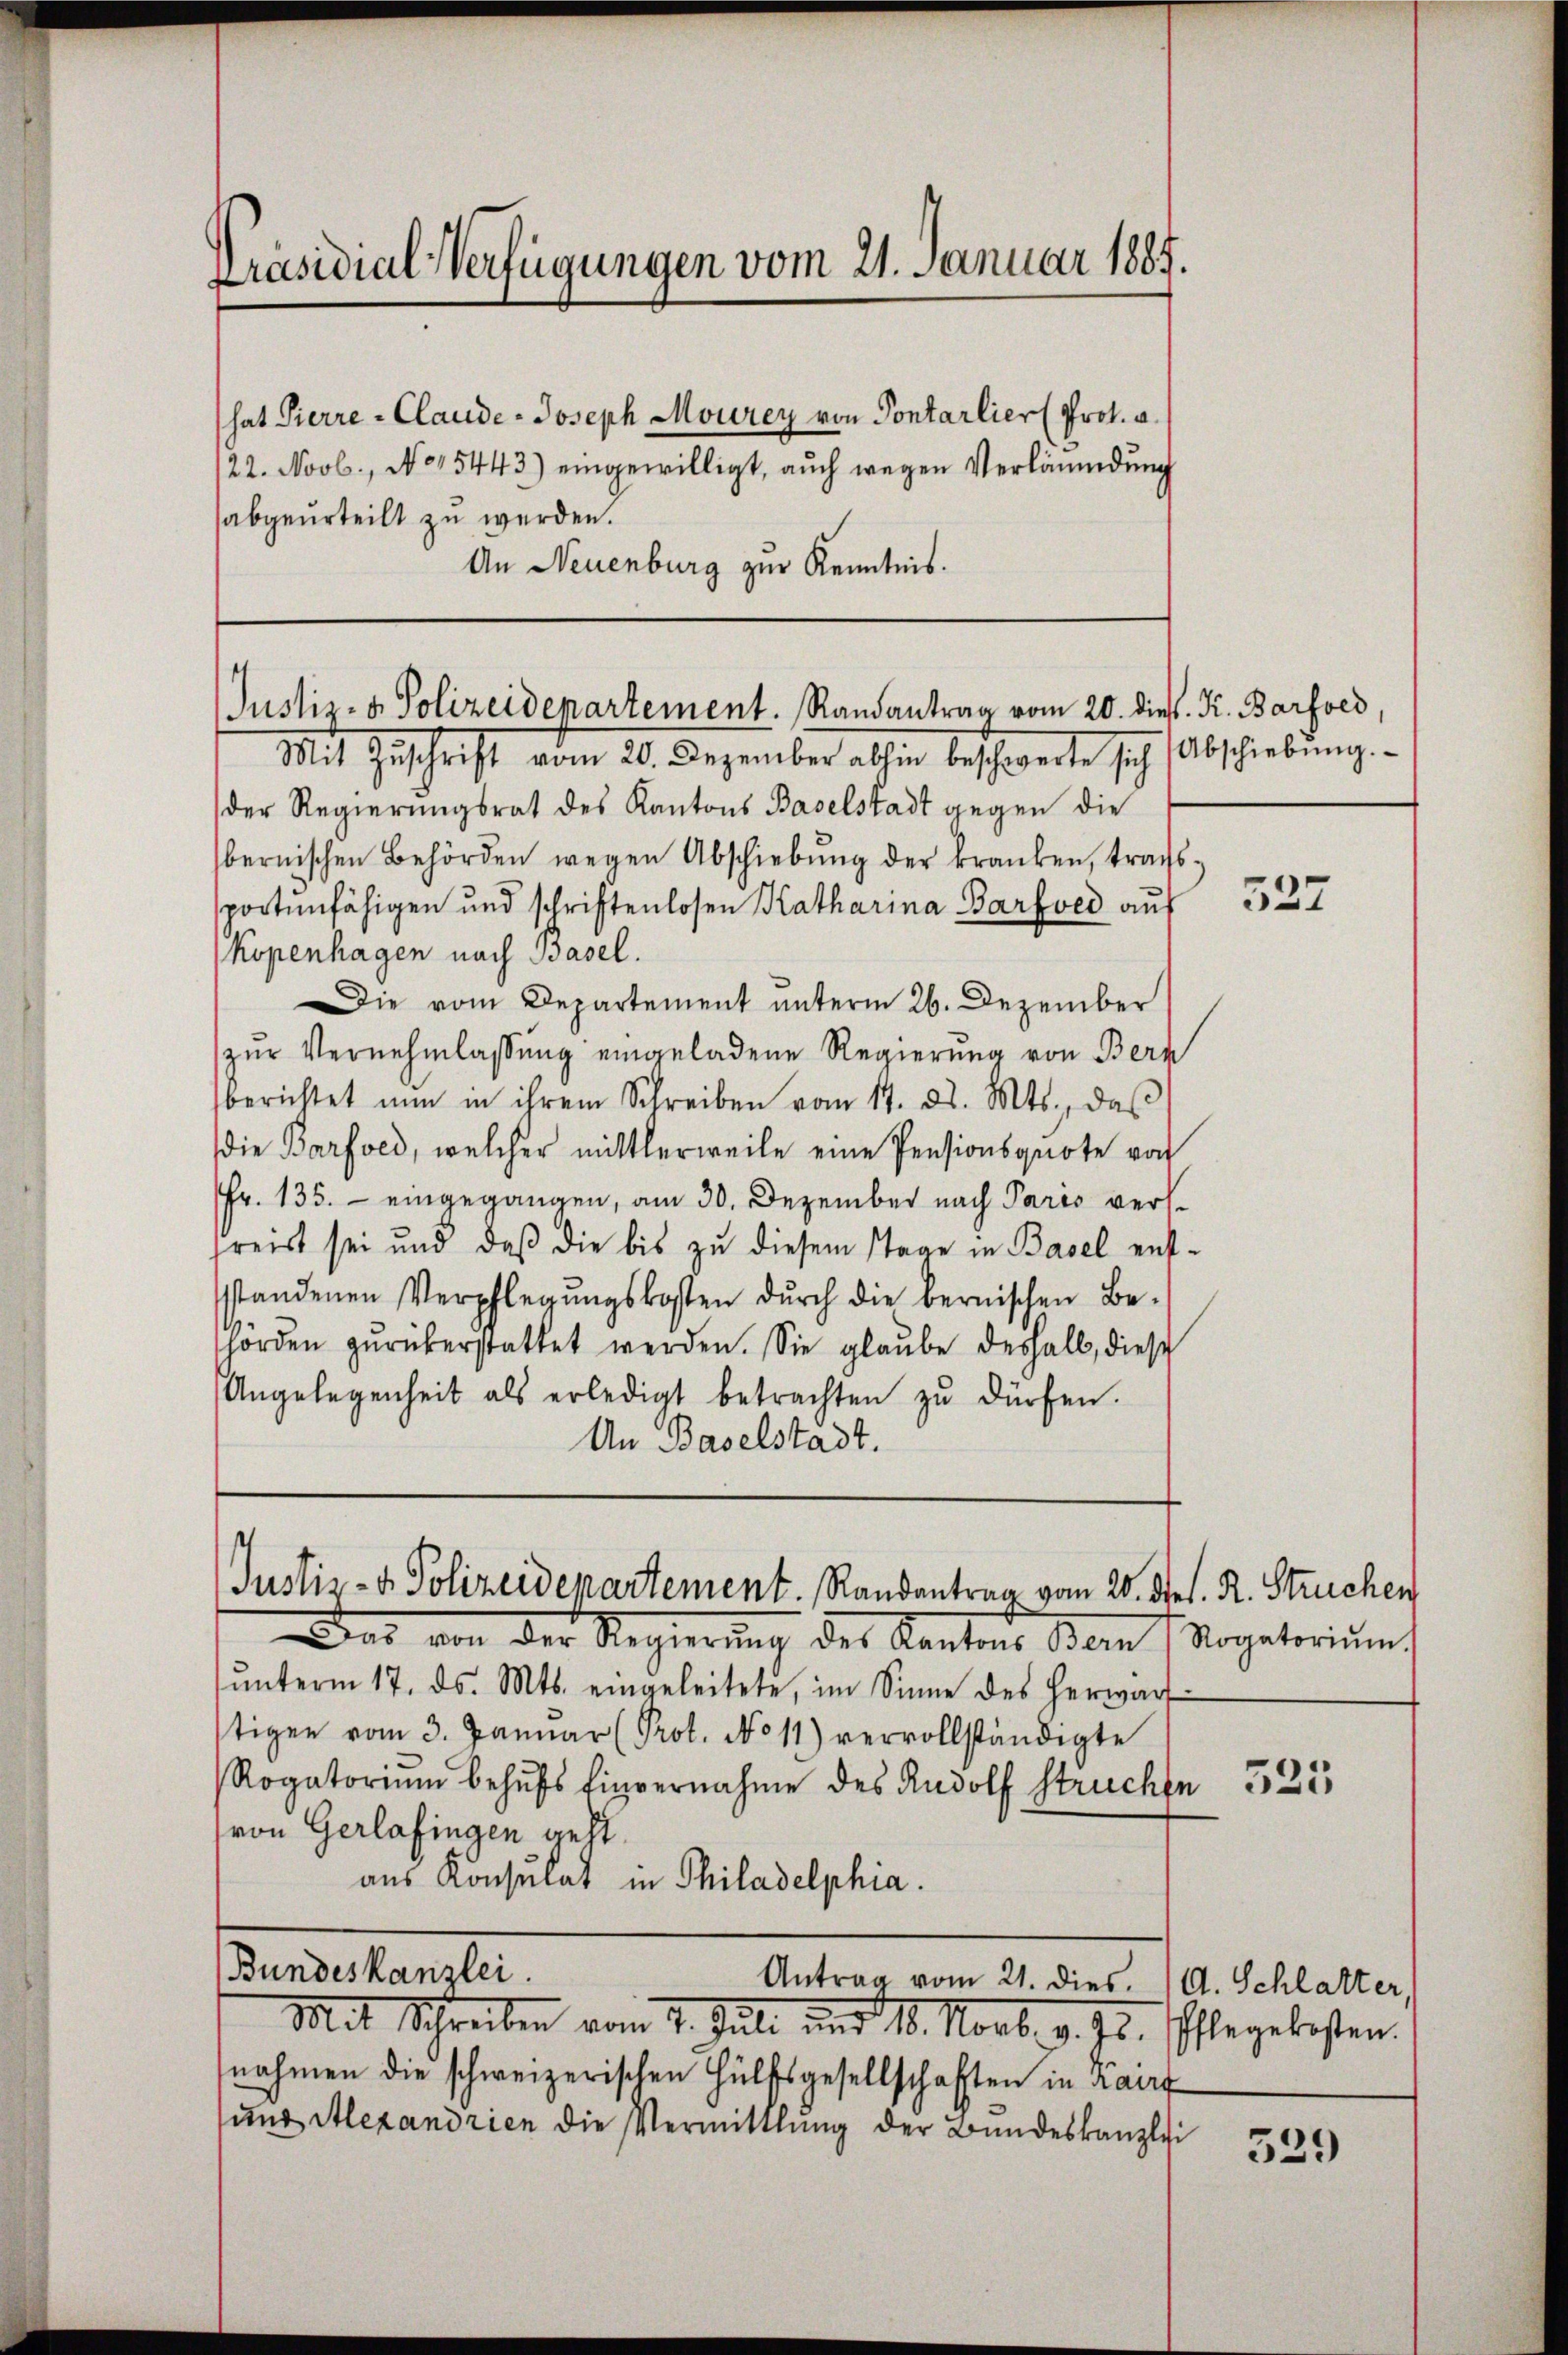
Präsidial-Verfügungen vom 21. Januar 1885.

hat Pierre-Claude-Joseph Mourey von Pontarlier Prot. a.
22. Novb., No 15443) eingewilligt, auch wegen Verläumdung
abgeurteilt zu werden.
An Neuenburg zur Kenntnis.

Justiz- & Polizeidepartement. Ramantrag vom 20. dies. K. Barford,

Mit Zuschrift vom 20. Dezember allen beschwerte sich
der Regierungsrat des Kantons Baselstadt gegen die
bernischen Behörden wegen Abschiebŭng der kranken, trags-
sportenfähigen und schriftenlosen Katharina Barfved auf
Kopenhagen nach Basel.
Die vom Departement unterm 26. Dezember
zŭr Vernehmlassŭng eingeladene Regierung von Bern
berichtet nun in ihrem Schreiben vom 14. ds. Mts., daβ
die Barfved, welcher mittlerweile eine Pensionsquote vor
Fr. 135. eingegangen, am 30. Dezember nach Paris versfreist sei und daß die bis zu diesem Tage in Basel entsstandenen Verpflegŭngskosten dŭrch die bernischen Be-
horden zŭrükerstattet werden. Sie glaŭbe deshalb, diese
Angelegenheit als erledigt betrachten zŭ dürfen.
An Baselstadt.

Justiz- & Polizeidepartement. Randantrag vom 20. Ses. R. Struchen

as von der Regierŭng der Kantons Bern, Rogatoriŭm
ŭnterm 17. ds. Mts. eingeleitete, im Sinne des herwarf
stigen vom 3. Januar (Prot. No 11) vervollständigte
Rogatorium behŭfs Einvernahme des Rudolf Struchte
(von Gerlafingen geht.
aus Konsulat in Philadelphia.
Bundeskanzlei.
Antrag vom 21. dies. (A. Schlatter,
Mit Schreiben vom 7. Juli und 18. Novb. v. Js.
nahmen die schweizerischen Hülfsgesellschaften in Kairf
sung Alexandrien die Vermittlung der Bundeskanzlei

Abschiebung.

527

525

Pflegekosten.

539